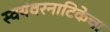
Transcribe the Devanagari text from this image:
स्वयंवरनाटिकेचा